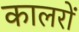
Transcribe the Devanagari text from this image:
कालरों